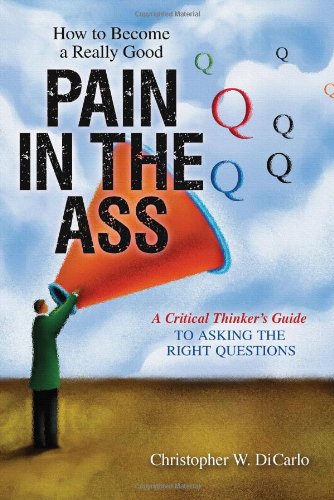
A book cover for How to Become a Really Good Pain in the Ass: A Critical Thinker's Guide to Asking the Right Questions; Christopher Dicarlo; Politics & Social Sciences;